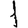
Digit: 1